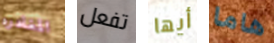
المغادره تفعل أيها هاما